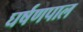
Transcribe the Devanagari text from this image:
घर्षणपाल